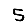
Digit: 5